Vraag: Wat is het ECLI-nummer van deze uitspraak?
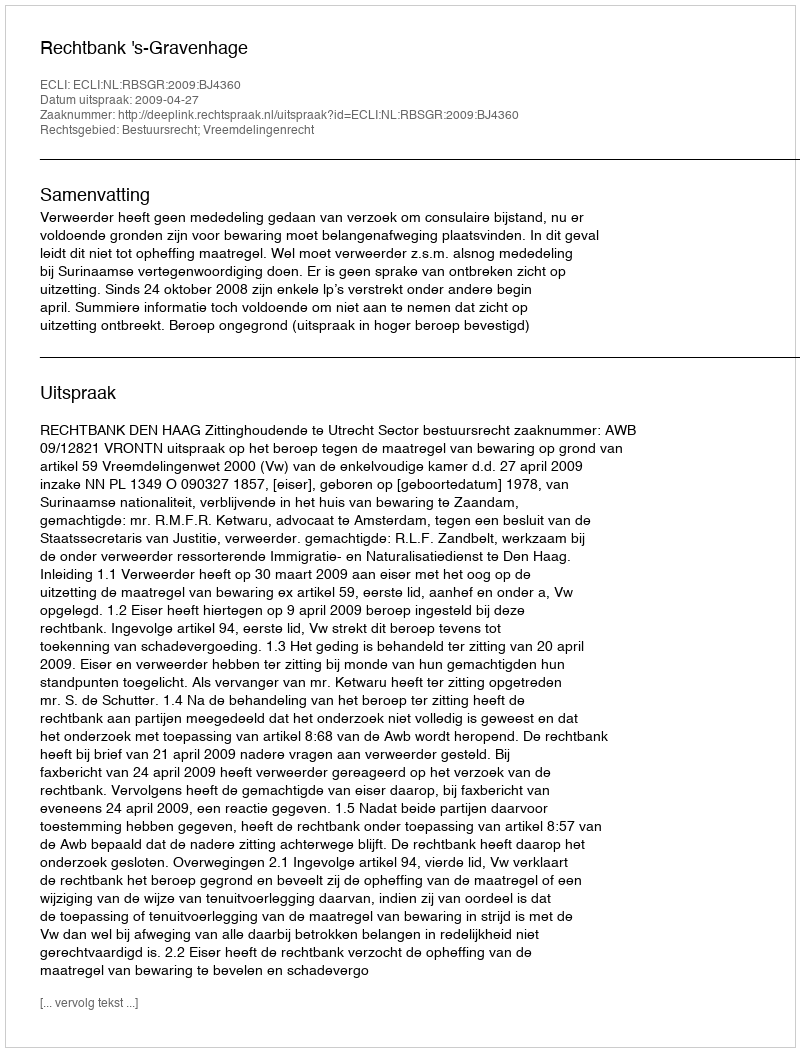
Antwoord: ECLI:NL:RBSGR:2009:BJ4360